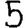
Digit: 5